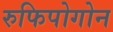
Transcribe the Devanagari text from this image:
रुफिपोगोन